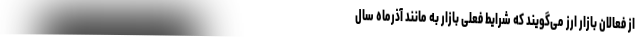
از فعالان بازار ارز می‌گویند که شرایط فعلی بازار به مانند آذرماه سال